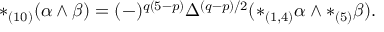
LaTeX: * _ { ( 1 0 ) } ( \alpha \wedge \beta ) = ( - ) ^ { q ( 5 - p ) } \Delta ^ { ( q - p ) / 2 } ( * _ { ( 1 , 4 ) } \alpha \wedge * _ { ( 5 ) } \beta ) .